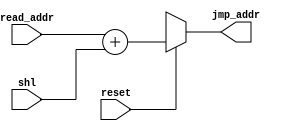
`timescale 1ns / 1ps
//////////////////////////////////////////////////////////////////////////////////
// Company: 
// Engineer: 
// 
// Design Name: 
// Module Name:    jmp_adder 
// Project Name: 
// Target Devices: 
// Tool versions: 
// Description: 
//
// Dependencies: 
//
// Revision: 
// Revision 0.01 - File Created
// Additional Comments: 
//
//////////////////////////////////////////////////////////////////////////////////
// Generated by MyHDL 0.11


`timescale 1ns/10ps

module jmp_adder (
    reset,
    read_addr,
    shl,
    jmp_addr
);


input reset;
input [31:0] read_addr;
input [31:0] shl;
output [31:0] jmp_addr;
reg [31:0] jmp_addr1;




always @(read_addr, shl, reset) begin: JMP_ADDER_JADDER
    if ((reset == 1)) begin
        jmp_addr1 <= (read_addr + shl);
    end
    //
    else
        jmp_addr1<=32'bX;
    //
end
assign jmp_addr=jmp_addr1;
endmodule